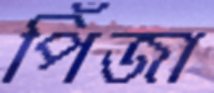
পিঁজা